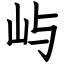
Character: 屿